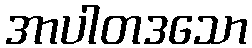
အာပါတဒသော